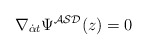
\begin{align*}\nabla _{{\dot \alpha}t}\Psi ^{{\cal ASD}}(z)=0\end{align*}